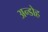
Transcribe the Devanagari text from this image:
अन्डोह